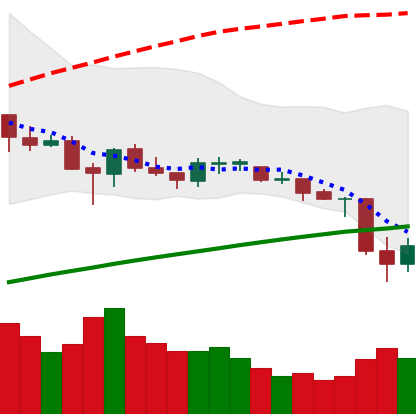
Ticker: ETC-USD
Chart end date: 2021-06-23
Forward return: 6.813%
Label: up_5_7